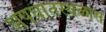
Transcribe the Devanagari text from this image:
अपघातस्थळास